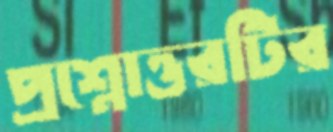
প্রশ্নোত্তরটির